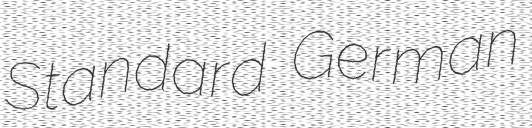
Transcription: Standard German